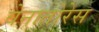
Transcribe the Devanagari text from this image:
वेनातोरेस